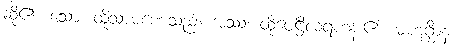
ဆို၏။ သော၊ ထိုသာမဏေသည်။ အဿ၊ ထိုပေါဋ္ဌိလရဟန်း၏။ မဟဂ္ဃိာနံ၊